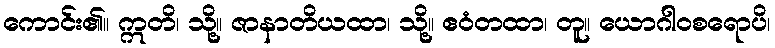
ကောင်း၏။ ဣတိ၊ သို့။ ဇာနာတိယထာ၊ သို့။ ဧဝံတထာ၊ တူ။ ယောဂါဝစရောပိ၊